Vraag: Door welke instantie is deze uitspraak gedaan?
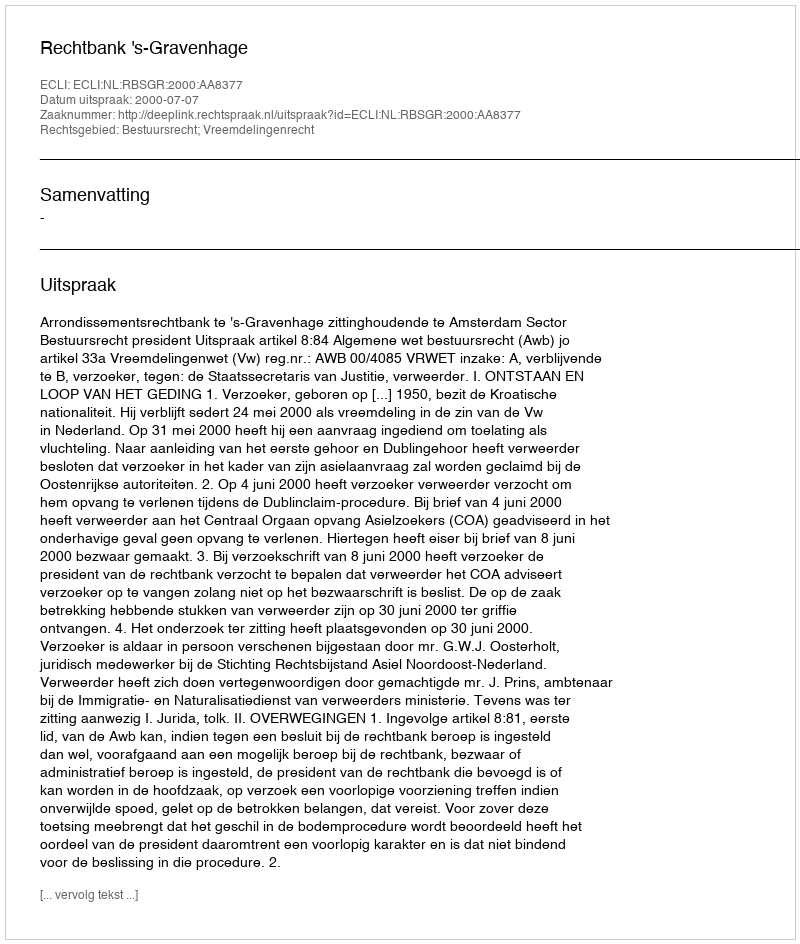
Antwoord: Rechtbank 's-Gravenhage